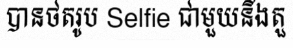
បានថតរូប Selfie ជាមួយនឹងតួ